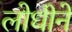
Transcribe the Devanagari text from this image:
लोधीने